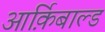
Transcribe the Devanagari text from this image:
आर्क़िबाल्ड